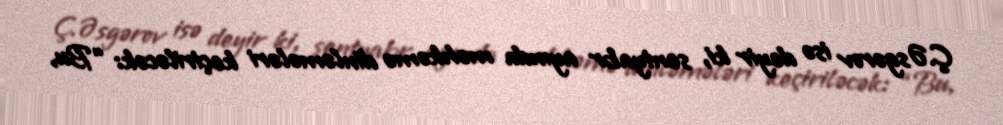
Ç.Əsgərov isə deyir ki, sentyabr ayında məhkəmə dinləmələri keçiriləcək: “Bu,